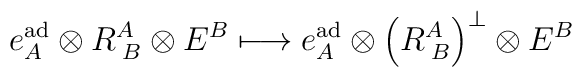
e_A^{\rm ad} \otimes R_{\; B}^A \otimes E^B \longmapsto e_A^{\rm ad}\otimes \left( R_{\; B}^A\right)^\perp \otimes E^B